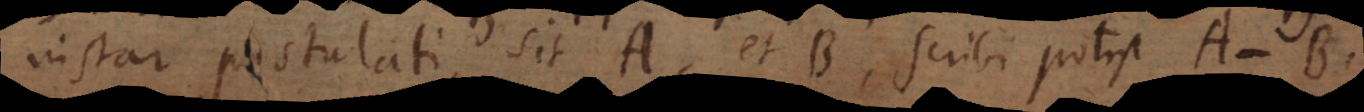
instar postulati, sit A, et B, scribi potest A